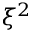
\xi ^ { 2 }